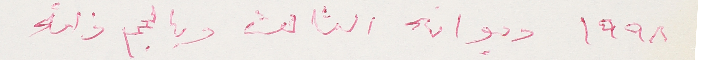
١٩٩٨ ديوانه الثالث وبالحجم ذاته